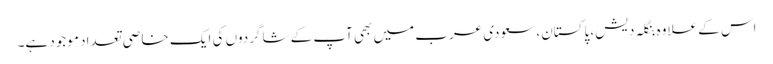
اس کے علاوہ بنگلہ دیش، پاکستان، سعودی عرب میں بھی آپ کے شاگردوں کی ایک خاصی تعداد موجود ہے۔